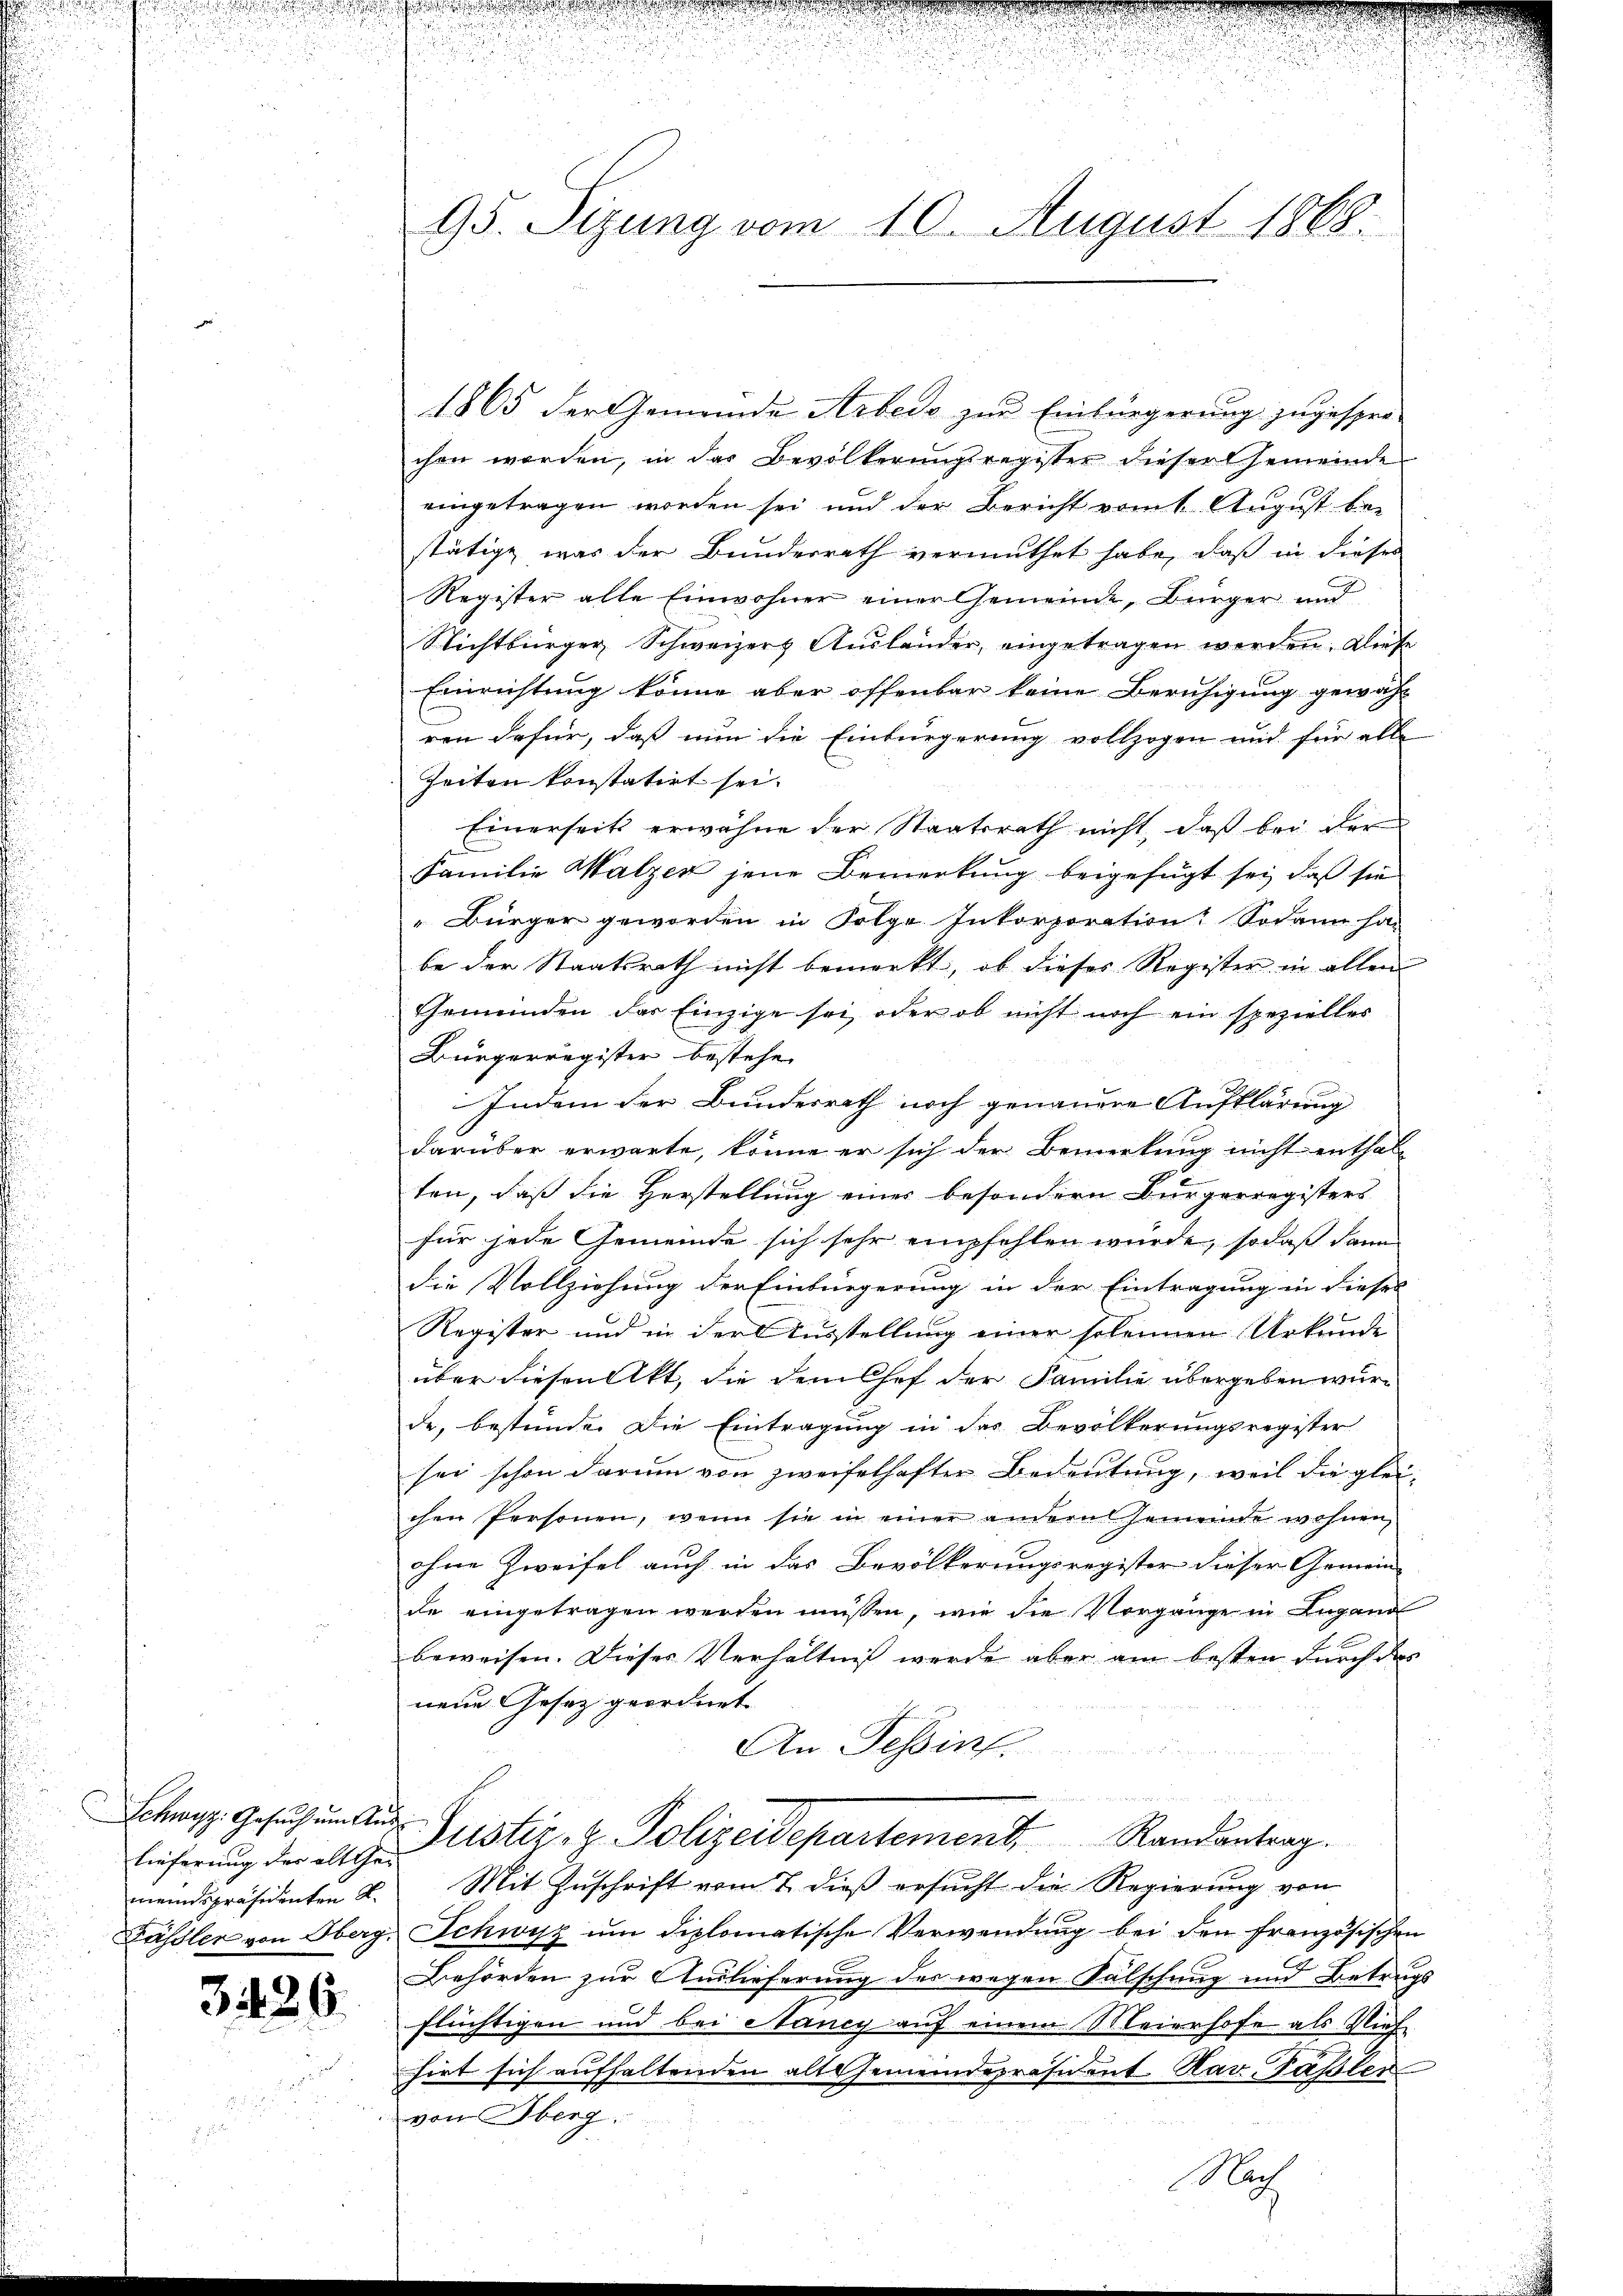
lieferung der alttheimeindspräsidenten K.
Kässler von Oberg.

3426.

95. Sizung vom 10. August 1868.

1865 der Gemeinde Arbedo zur Einbürgerung zugespro-
chen worden, in das Bevölkerungsregister dieser Gemeinde
eingetragen worden sei und der Bericht vom 1. August bei
stätige was der Bundesrath vermuthet habe, daß in dieser
Register alle Einwohner einer Gemeinde, Bürger und
Nichtbürger, Schweizers Aŭsländer, eingetragen werden. Diese
Einrichtung könne aber offenbar keine Beruhigung gewähl
ren dafür, daß nun die Einbürgerung vollzogen und für alle
Zeiten konstatirt sei.
Einerseits erwähne der Staatsrath nicht, daß bei der
Familie Walzen jene Bemerkung beigefügt sei, daß sie
" Bürger geworden in Folge Inkorporation. Sodann ha-
be der Staatsrath nicht bemerkt, ob dieses Register in allen
Gemeinden der Einzige sei, oder ob nicht noch ein spezielles
Bürgerregister bestehe.
Indem der Bundesrath noch genauere Aufklärung
darüber erwarte, könne er sich der Bemerkung nicht enthal-
ten, daß die Herstellung einer besondern Bürgerregisters
für jede Gemeinde sich sehr empfohlen würde, sodaß dann
die Vollziehung der Einbürgerung in der Eintragung in dieses
Register und in der Ausstellung einer solennen Urkunde
über diesen Akt, die dem Chef der Familie übergeben wurde, bestünde. Die Eintragung in des Bevölkerungsregister
sei schon darum von zweifelhafter Bedeutung, weil die gleichen Personen, wenn sie in einer andern seinende wohnen
ohne Zweifel auch in das Bevölkerungsregister dieser Gemein-
de eingetragen werden müssen, wie die Vorgange in Lugand
beweisen. Dieses Verhältniß werde aber am besten durch das
neue Gesetz geordnet
An Tessin.
Schen Gesŭchŭng Sistiz- & Polizeidepartement Randantrag.
Mit Zuschrift vom 7. dieß ersucht die Regierung von
Schwyz um diplomatische Verwendung bei den französischen
Behörden zur Auslieferung des wegen Falschung und Betrugs
flüchtigen und bei Nancy auf einem Meierhofe als Vieh
hirt sich aufhaltenden alt Gemeindepräsident Rav. Tassler
von Oberg,
n
Mah